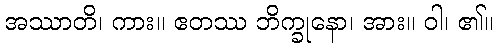
အဿာတိ၊ ကား။ ဧတဿ ဘိက္ခုနော၊ အား။ ဝါ၊ ၏။